Indian journal of veterinary science and animal husbandry - Volume 5,
Year: 1935
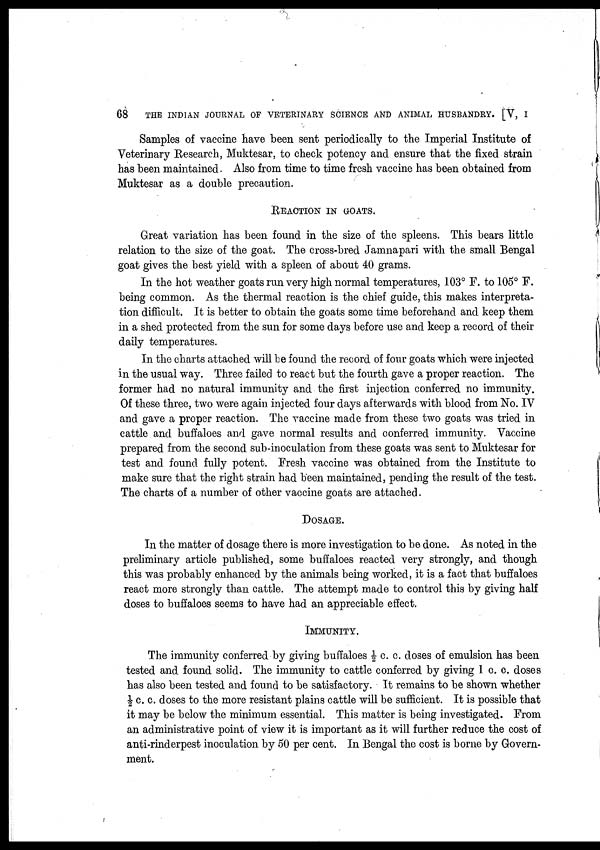
68
THE INDIAN JOURNAL OF VETERINARY SCIENCE AND ANIMAL HUSBANDRY. [V, I
Samples of vaccine have been sent periodically to the Imperial Institute of
Veterinary Research, Muktesar, to check potency and ensure that the fixed strain
has been maintained. Also from time to time fresh vaccine has been obtained from
Muktesar as a double precaution.
REACTION IN GOATS.
Great variation has been found in the size of the spleens. This bears little
relation to the size of the goat. The cross-bred Jamnapari with the small Bengal
goat gives the best yield with a spleen of about 40 grams.
In the hot weather goats run very high normal temperatures, 103° F. to 105° F.
being common. As the thermal reaction is the chief guide, this makes interpreta-
tion difficult. It is better to obtain the goats some time beforehand and keep them
in a shed protected from the sun for some days before use and keep a record of their
daily temperatures.
In the charts attached will be found the record of four goats which were injected
in the usual way. Three failed to react but the fourth gave a proper reaction. The
former had no natural immunity and the first injection conferred no immunity.
Of these three, two were again injected four days afterwards with blood from No. IV
and gave a proper reaction. The vaccine made from these two goats was tried in
cattle and buffaloes and gave normal results and conferred immunity. Vaccine
prepared from the second sub-inoculation from these goats was sent to Muktesar for
test and found fully potent. Fresh vaccine was obtained from the Institute to
make sure that the right strain had been maintained, pending the result of the test.
The charts of a number of other vaccine goats are attached.
DOSAGE.
In the matter of dosage there is more investigation to be done. As noted in the
preliminary article published, some buffaloes reacted very strongly, and though
this was probably enhanced by the animals being worked, it is a fact that buffaloes
react more strongly than cattle. The attempt made to control this by giving half
doses to buffaloes seems to have had an appreciable effect.
IMMUNITY.
The immunity conferred by giving buffaloes ½ c. c. doses of emulsion has been
tested and found solid. The immunity to cattle conferred by giving 1 c. c. doses
has also been tested and found to be satisfactory. It remains to be shown whether
½ c. c. doses to the more resistant plains cattle will be sufficient. It is possible that
it may be below the minimum essential. This matter is being investigated. From
an administrative point of view it is important as it will further reduce the cost of
anti-rinderpest inoculation by 50 per cent. In Bengal the cost is borne by Govern-
ment.